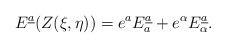
\begin{align*}E^{\underline{a}}(Z(\xi,\eta))=e^aE_a^{\underline{a}}+e^\alpha E_\alpha^{\underline{a}}.\end{align*}